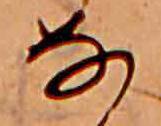
な